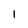
Character: I